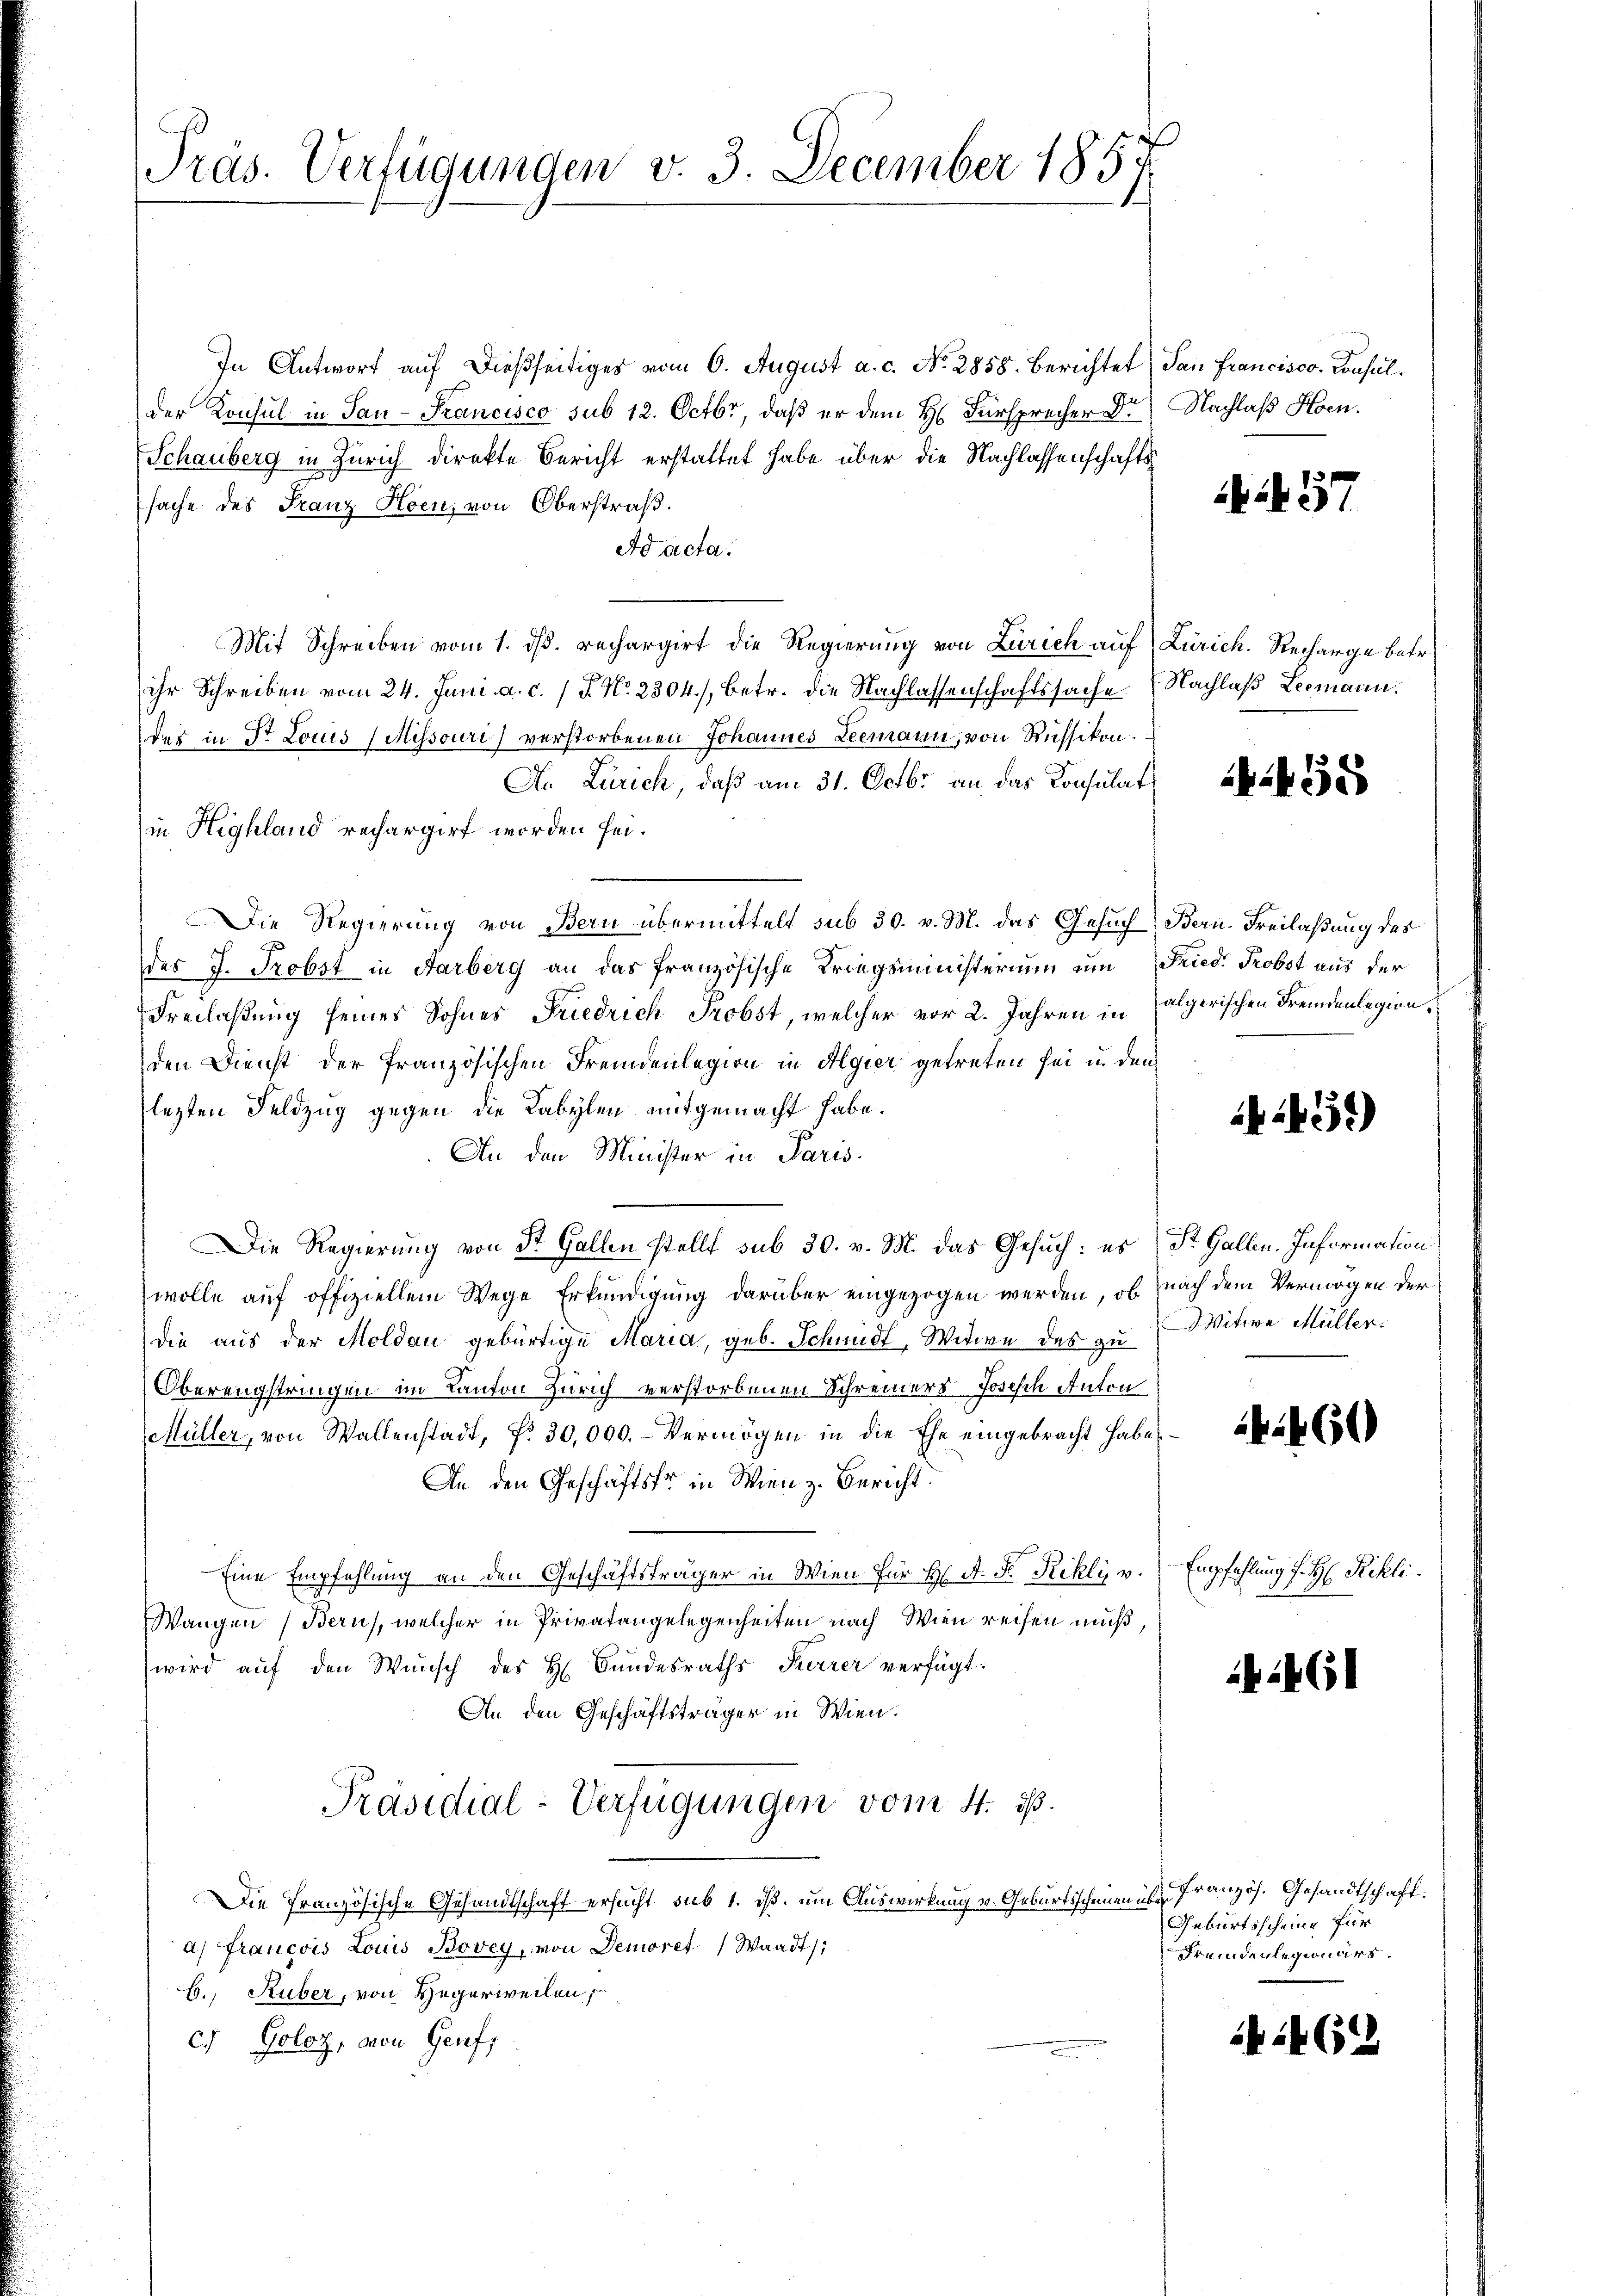
Präs. Verfügungen v. 3. December 1857

In Antwort auf dießseitiges vom 6. August a. c. No. 2858. Berichtet (San Francisco Consulder Konsul in San - Francisco sub 12. Octbr, daß er dem H. Fürsprecher Dr. Nachlaß Hoen.
Schauberg in Zürich direkte Bericht erstattet habe über die Nachlassenschaftssache des Franz Hoen, von Oberstraß.
Ad acta.
Mit Schreiben vom 1. ds. rechargirt die Regierung von Zürich auf Zürich. Recharge betr.
ihr Schreiben vom 24. Juni a. c. (T. No. 2304), betr. die Nachlassenschaftssache
des in Dr Louis (Missouri verstorbenen Johannes Leemann, von Russikon:
An Zürich, daß am 31. Octbr. an das Konsulat
in Highland rechargirt worden sei.
Die Regierung von Bern übermittelt sub 30. v. M. das Gesuch Bern-Freilaßung des
des J. Probst in Farberg an das französische Kriegsministerium um Fried. Probst aus der
Freilaßung seines Sohnes Friedrich Probst, welcher vor 2. Jahren in (algerischen Fremdenlegion,
den Dienst der französischen Fremdenlegion in Algier getreten sei in den
lezten Feldzug gegen die Labylen mitgemacht habe.
An den Minister in Paris
Die Regierung von St. Gallen stellt sub 30. v. M. das Gesuch: es St. Gallen. Information
wolle auf offiziellem Wege Erkundigung darüber eingezogen werden, ob nach dem Vermögen der
die aus der Moldau gebürtige Maria, geb. Schmidt, Witwe des zu Witwe Müller.
Oberengstringen im Kanton Zürich verstorbenen Schreiners Josisch Anton
Müller, von Wallenstadt, Nr. 30,000.- Vermögen in die Ehe eingebracht habe,
An den Geschäftsfr. in Wien z. Bericht.
Eine Empfehlung an den Geschäftsträger in Wien für H. A. F. Rilly v. Empfehlung s. H: Rehli
Wangen (Bern, welcher in Privatangelegenheiten nach Wien reisen muß,
wird aŭf den Wunsch des H. Bŭndesraths Herrer verfügt:
An den Geschäftsträger in Wien.
Präsidial-Verfügungen vom 4. d.
Die Französische Gesandtschaft ersucht sub 1. dß. um Auswirkung v. Geburtsscheinen ist französ. Gesandtschaft.
a) Francois Louis Bovey, von Demoret, Waadt):
E., Ruber, von Hegerweilen,
c) Goloz, von Genf,

ii57

Nachlaß Leemann.

55

431)

4460

4461

Geburtsscheine für
Fremdenlegionars.

14 (12